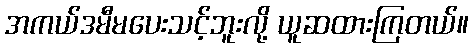
အကယ်ဒမီမပေးသင့်ဘူးလို့ ယူဆထားကြတယ်။